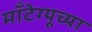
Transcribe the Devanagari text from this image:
माँटेग्यूच्या